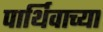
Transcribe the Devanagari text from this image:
पार्थिवाच्या